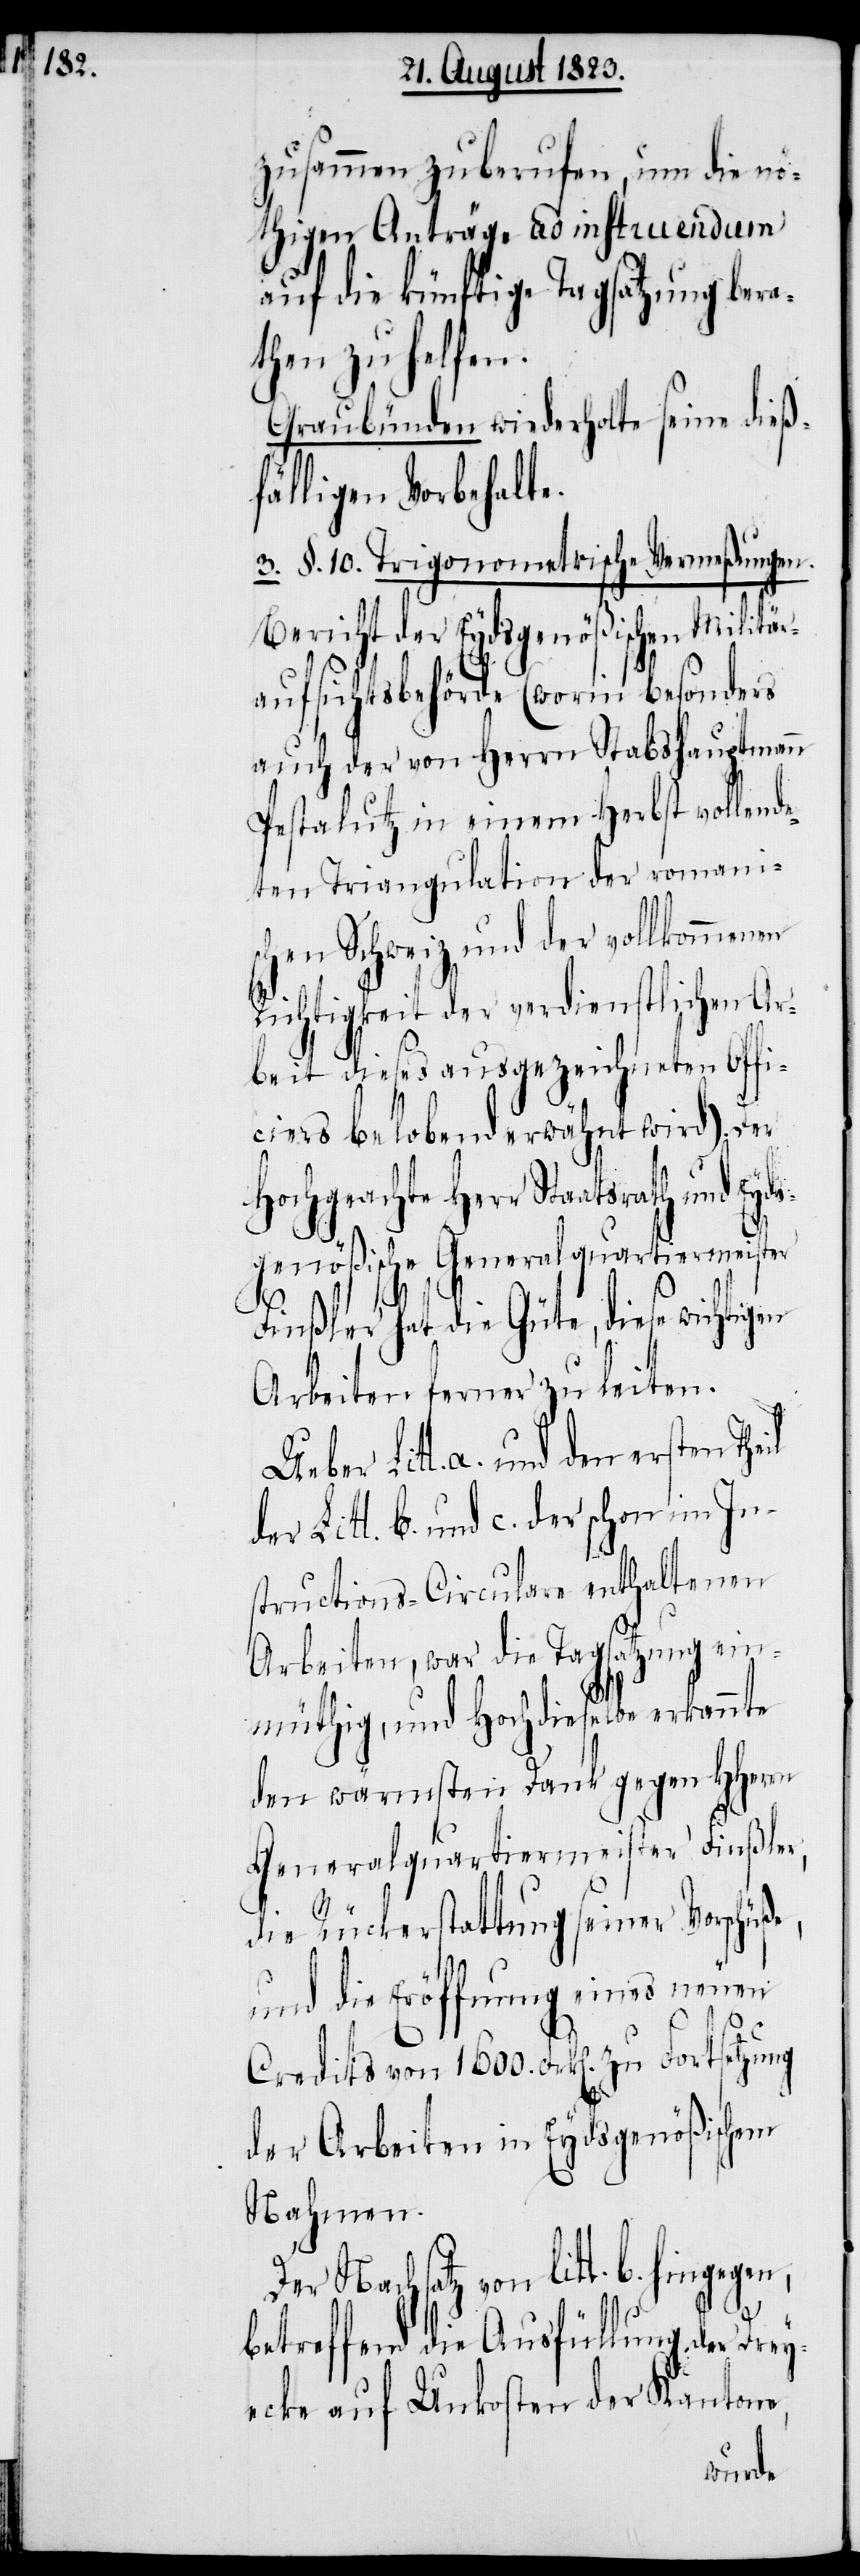
zusammen zu berufen, um die nö¬
thigen Anträge ad instruendum
auf die künftige Tagsatzung bera¬
then zu helfen.
Graubünden wiederholte seine dieß¬
fälligen Vorbehalte.
3. §. 10. Trigonometrische Vermeßungen.
Bericht der Eydsgenößischen Militä¬
raufsichtsbehörde (worin besonders
auch der von Herrn Stabshauptmann
Pestalutz in einem Herbst vollend¬
eten Triangulation der romani¬
schen Schweiz und der vollkommenen
Richtigkeit der verdienstlichen Ar¬
beit dieses ausgezeichneten Offi¬
ciers belobend erwähnt wird). Der
Hochgeachte Herr Staatsrath und Eyds¬
genößische Generalquartiermeister
Finßler hat die Güte, diese wichtigen
Arbeiten ferner zu leiten.
Litt. a. und den ersten The¬
Litt. b. und c. der schon im In¬
structions-Circulare enthaltenen
Arbeiten, war die Tagsatzung ein¬
müthig, und Hochdieselbe erkannte
den wärmsten Dank gegen HHerrn
Generalquartiermeister Finßler,
die Rückerstattung seiner Vorschüße,
und die Eröffnung eines neuen
Credits von 1600. Frk[en]. zu Fortsetzung
der Arbeiten in Eydsgenößischem
Nahmen.
Der Nachsatz von litt. b. hinge¬
betreffend die Ausfüllung der Drey¬
ecke auf Unkosten der Kantone,
gen,